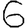
Digit: 6